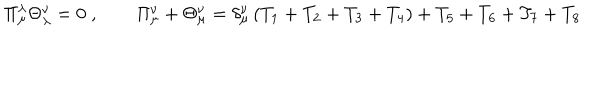
\Pi _ { \mu } ^ { \lambda } \Theta _ { \lambda } ^ { \nu } = 0 \; , \qquad \Pi _ { \mu } ^ { \nu } + \Theta _ { \mu } ^ { \nu } = \delta _ { \mu } ^ { \nu } \left( T _ { 1 } + T _ { 2 } + T _ { 3 } + T _ { 4 } \right) + T _ { 5 } + T _ { 6 } + T _ { 7 } + T _ { 8 }